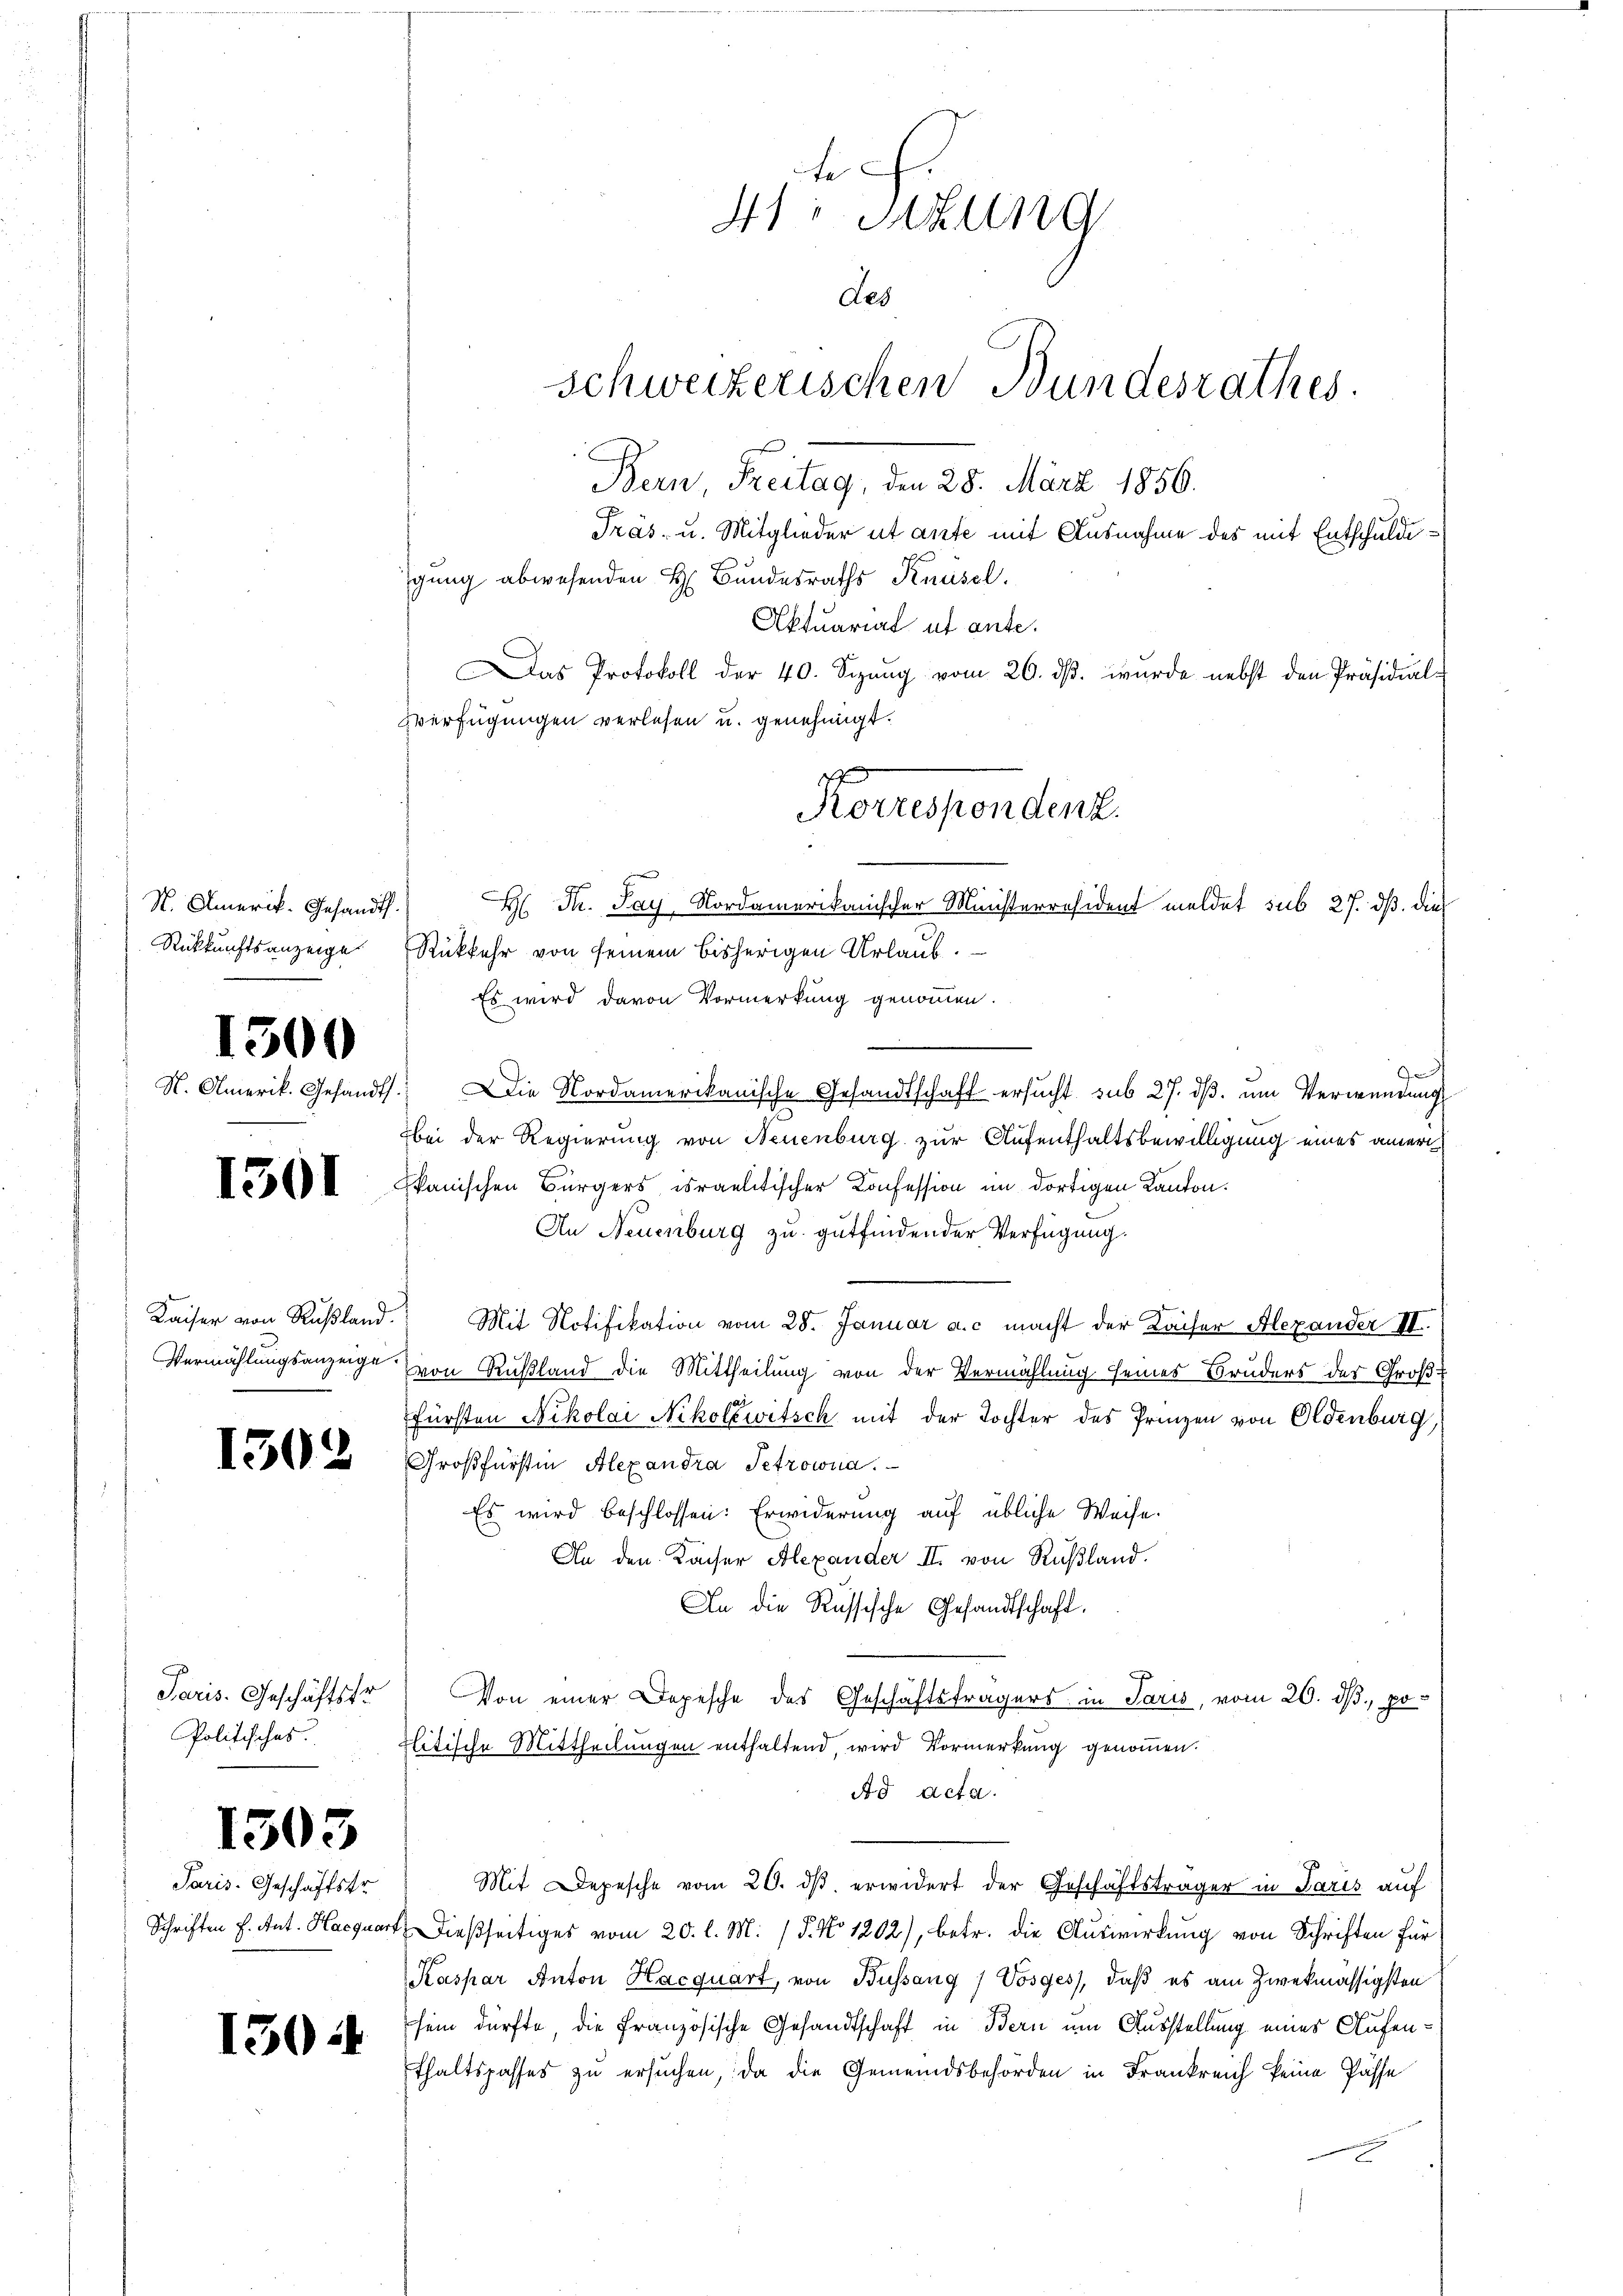
N. Amerik. Gesandt.
Rückkunftsanzeige

H. Ann

1300

1301

Verwählungsanzeige.

1302

Paris. Geschäftstr
Politisches.

1503

Paris. Geschäftstr
Schriften f. Ant. Haequar

1304

te
41. Sitzung
des
Schweizerischen Bundesrathes.
Bern, Freitag, den 28. März 1856.

Träs- u. Mitglieder ut ante mit Ausnahme des mit Entschuldgung abwesenden H. Bundesraths Knüsel.
Aktuarial et ante.
Das Protokoll der 40. Sizung vom 26. dβ. wurde nebst den Präsidial-
Verfügungen verlesen u. genehmigt.
Rükkehr von seinem bisherigen Urlaub.
Es wird davon Vormerkung genommen.
Gesandt. Die Nordamerikanische Gesandtschaft ersucht sub 27. dβ. um Verwendung
bei der Regierung von Neuenburg zur Aufenthaltsbewilligung eines aner
kanischen Bürgers israelitischer Konfession im dortigen Kanton.
An Neuenburg zu gutfindender Verfügung.
Kaiser von Rußland. Mit Notifikation vom 28. Januar a. c. macht der Kaiser Alexander II.
von Rußland die Mittheilung von der Vermählung seines Bruders des Groß¬
Fürsten Nikolai Nikoléwitsch mit der Tochter des Prinzen von Eldenburg,
Großfürstin Alexandra Setrowna.
Es wird beschlossen: Erwiderung auf übliche Weise.
An den Kaiser Alexander II. von Rußland.
An die Russische Gesandtschaft.
c
Von einer Depesche des Geschäftsträgers in Paris, vom 20. d. politische Mittheilungen enthaltend, wird Vormerkung genoṁen.
Ad Acta.
Mit Depesche vom 20. ds. erwidert der Geschäftsträger in Paris auf
 dießseitiges vom 20. l. M. (§. No 1202), betr. die Auswirkung von Schriften für
Kaspar Anton Hacquart, von Bussang / Vosges, daß es am zwekmässigsten
sein dürfte, die Französische Gesandtschaft in Bern um Ausstellung eines Aufenthaltspasses zu ersuchen, da die Gemeindsbehörden in Frankreich keine Pässe

Korrespondent.
H: Dr. Pay, Nordamerikanischer Ministerresident meldet sub 27. dß die